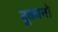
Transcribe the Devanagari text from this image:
दूकानो